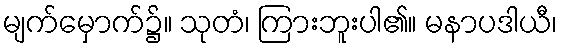
မျက်မှောက်၌။ သုတံ၊ ကြားဘူးပါ၏။ မနာပဒါယီ၊